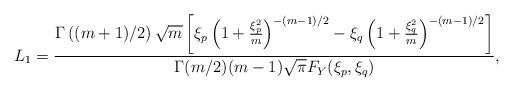
LaTeX: \begin{align*} L_{1}=\frac{\Gamma\left((m+1)/2\right)\sqrt{m}\left[\xi_{p}\left(1+\frac{\xi_{p}^{2}}{m}\right)^{-(m-1)/2}-\xi_{q}\left(1+\frac{\xi_{q}^{2}}{m}\right)^{-(m-1)/2}\right]}{\Gamma(m/2)(m-1)\sqrt{\pi}F_{Y}(\xi_{p},\xi_{q})},\end{align*}